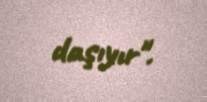
daşıyır".